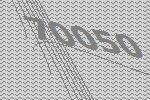
70050